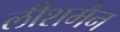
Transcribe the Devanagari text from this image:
लीशमैन